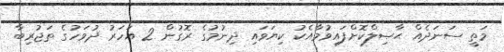
މަތީ ސަނަދެއް ޙާޞިލްކޮށްފައިވުމާއެކު ކިޔަވައި ދިނުމުގެ ރޮގުން 2 އަހަރު ދުވަހުގެ ތަޖުރިބާ